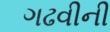
ગઢવીની